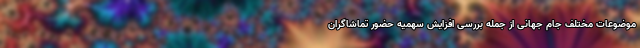
موضوعات مختلف جام جهانی از جمله بررسی افزایش سهمیه حضور تماشاگران